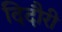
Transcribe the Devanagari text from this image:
दिदौरी